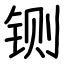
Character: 铡